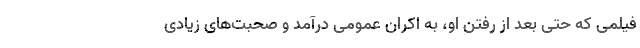
فیلمی که حتی بعد از رفتن او، به اکران عمومی درآمد و صحبت‌های زیادی